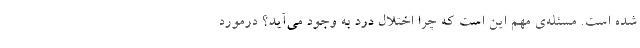
شده است. مسئله‌ی مهم این است که چرا اختلال درد به وجود می‌آید؟ درمورد